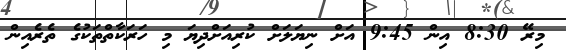
މިރޭ 8:30 އިން 9:45 އަށް ނިޔަލަށް ކުރިއަށްދިޔަ މި ހަރަކާތްތަކުގެ ތެރެއިން